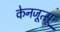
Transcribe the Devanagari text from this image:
केनजूत्सू